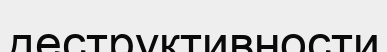
деструктивности